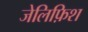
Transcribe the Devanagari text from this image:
जेलिफ़िश